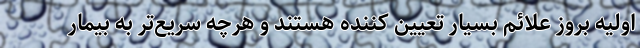
اولیه بروز علائم بسیار تعیین کننده هستند و هرچه سریع‌تر به بیمار